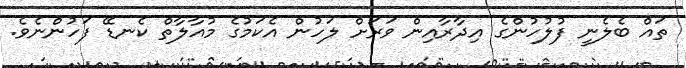
ތައް ބެލެނީ ފުލުހުންގެ އިދާރާއިން ވަރަށް ލަހުން އެކަމުގެ މުއާލާތް ކެނޑޭ ފަހުންނެވެ.